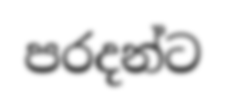
පරදන්ට